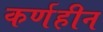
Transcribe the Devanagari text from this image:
कर्णहीन